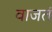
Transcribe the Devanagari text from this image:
वाजतं